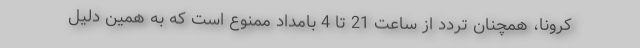
کرونا، همچنان تردد از ساعت 21 تا 4 بامداد ممنوع است که به همین دلیل